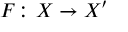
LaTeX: F \colon X \to X ^ { \prime }